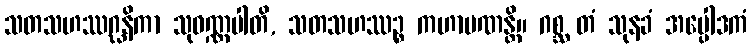
သတသဟဿဂ္ဃနိကာ သုဝဏ္ဏပါတိ, သတသဟဿဉ္စ ကဟာပဏန္တိ။ ဂစ္ဆ တံ သုနခံ အပ္ပေါဒကံ